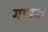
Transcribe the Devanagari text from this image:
गाऊट